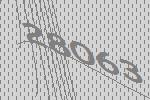
28063